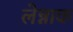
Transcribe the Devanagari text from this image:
लेन्नाक